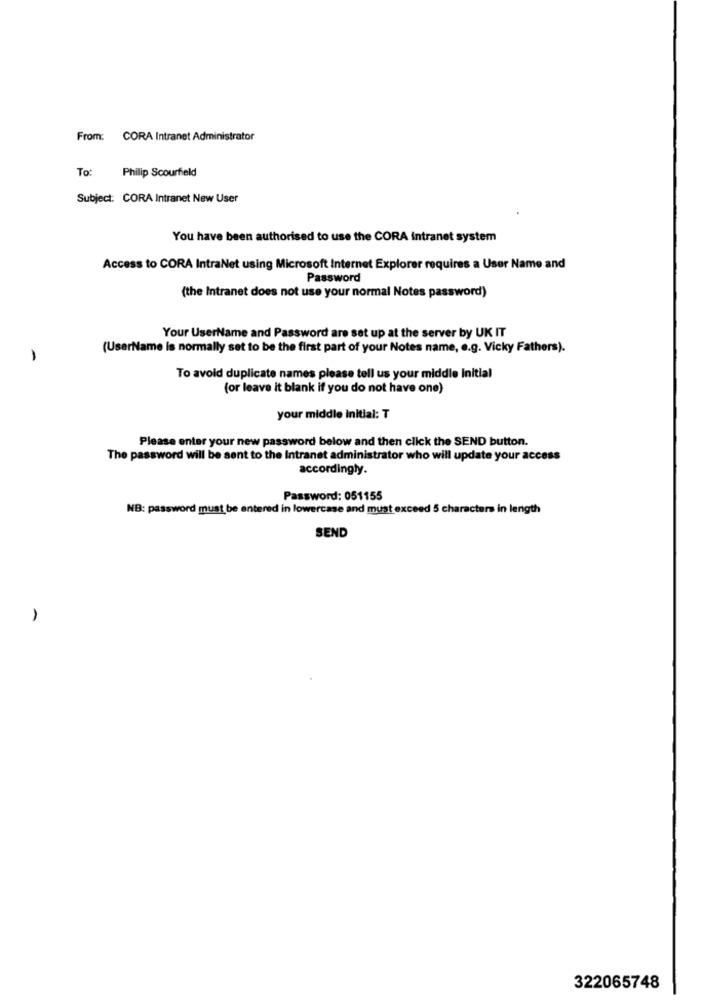
From: CORA Intranet Administrator
To:
Philip Scourfield
Subject: CORA Intranet New User
You have been authorised to use the CORA intranet system
Access to CORA IntraNet using Microsoft Internet Explorer requires a User Name and
Password
(the Intranet does not use your normal Notes password)
Your UserName and Password are set up at the server by UK IT
(UserName is normally set to be the first part of your Notes name, e.g. Vicky Fathers).
To avoid duplicate names please tell us your middle Initial
(or leave it blank if you do not have one)
your middle initial: T
Please enter your new password below and then click the SEND button.
The password will be sent to the Intranet administrator who will update your access
accordingly.
Password: 051155
NB: password must be entered in lowercase and must exceed 5 characters in length
SEND
322065748